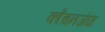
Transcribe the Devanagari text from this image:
काँचनजंघा